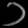
Digit: ၁